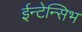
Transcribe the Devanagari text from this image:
ईन्टेन्सिभ